Civil Veterinary Department Bengal reports 1933-51 - 1933-1951
Year: 1933
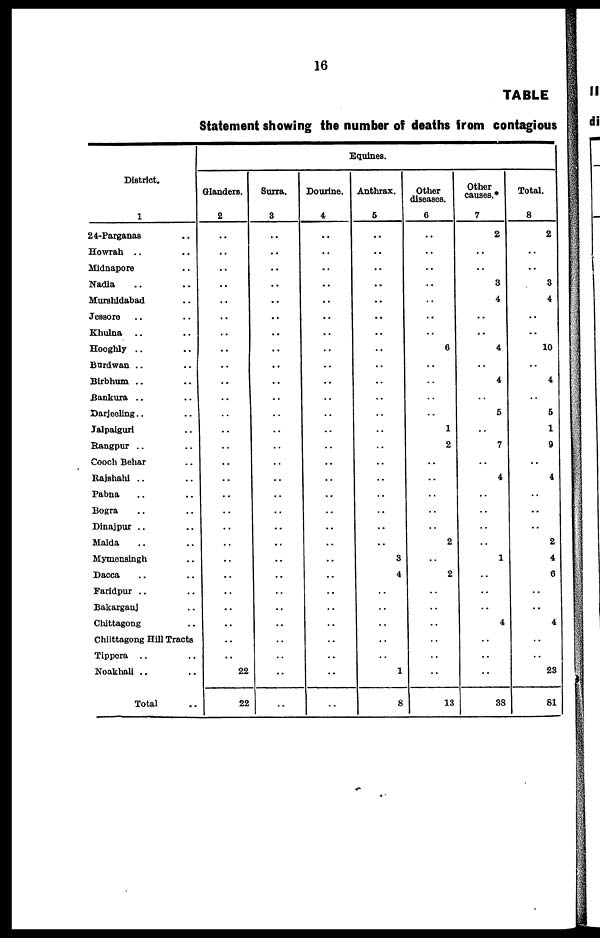
16
TABLE
Statement showing the number of deaths from contagious
District.
1
24-Parganas ..
Howrah .. ..
Midnapore ..
Nadia .. ..
Murshidabad ..
Jessore .. ..
Khulna ....
Hooghly .. ..
Burdwan .. ..
Birbhum .. ..
Bankura .. ..
Darjeeling .. ..
Jalpaiguri ..
Rangpur .. ..
Cooch Behar ..
Rajshahi .. ..
Pabna .. ..
Bogra .. ..
Dinajpur .. ..
Malda .. ..
Mymensingh ..
Dacca .. ..
Faridpur .. ..
Bakarganj ..
Chittagong ..
Chiittagong Hill Tracts
Tippera .. ..
Noakhali .. ..
Total ..
Equines.
Glanders.
2
..
..
..
..
..
..
..
..
..
..
..
..
..
..
..
..
..
..
..
..
..
..
..
..
..
..
..
22
22
Surra.
3
..
..
..
..
..
..
..
..
..
..
..
..
..
..
..
..
..
..
..
..
..
..
..
..
..
..
..
..
..
Dourine.
4
..
..
..
..
..
..
..
..
..
..
..
..
..
..
..
..
..
..
..
..
..
..
..
..
..
..
..
..
..
Anthrax.
5
..
..
..
..
..
..
..
..
..
..
..
..
..
..
..
..
..
..
..
..
3
4
..
..
..
..
..
1
8
Other
diseases.
6
..
..
..
..
..
..
..
6
..
..
..
..
1
2
..
..
..
..
..
2
..
2
..
..
..
..
..
..
13
Other
causes.
7
2
..
..
3
4
..
..
4
..
4
..
5
..
7
..
4
..
..
..
..
1
..
..
..
4
..
..
..
38
Total.
8
2
..
..
3
4
..
..
10
..
4
..
5
1
9
..
4
..
..
..
2
4
6
..
..
4
..
..
23
81